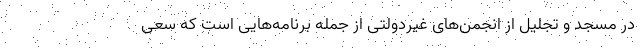
در مسجد و تجلیل از انجمن‌های غیردولتی از جمله برنامه‌هایی است که سعی